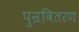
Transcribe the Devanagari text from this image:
पुन्रवितरण